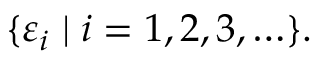
\{ \varepsilon _ { i } \mid i = 1 , 2 , 3 , \ldots \} .